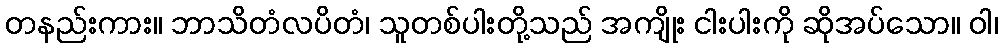
တနည်းကား။ ဘာသိတံလပိတံ၊ သူတစ်ပါးတို့သည် အကျိုး ငါးပါးကို ဆိုအပ်သော။ ဝါ၊